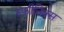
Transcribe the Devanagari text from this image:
स्फीनिक्स